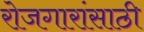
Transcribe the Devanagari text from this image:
रोजगारांसाठी